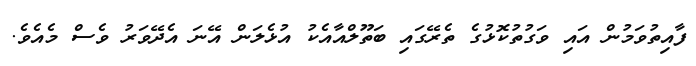
ފާއިތުވަމުން އައި ވަގުތުކޮޅުގެ ތެރޭގައި ބަތޫލްއާއެކު އުޅެލަން އޭނަ އެދޭވަރު ވެސް މެއެވެ.